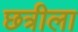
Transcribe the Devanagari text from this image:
छत्रीला